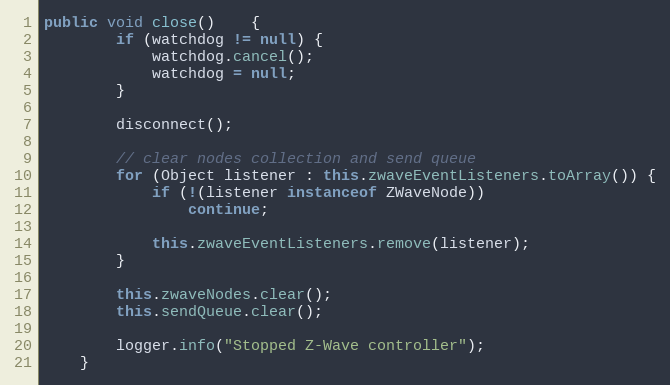
Language: Java
public void close()	{
		if (watchdog != null) {
			watchdog.cancel();
			watchdog = null;
		}

		disconnect();

		// clear nodes collection and send queue
		for (Object listener : this.zwaveEventListeners.toArray()) {
			if (!(listener instanceof ZWaveNode))
				continue;

			this.zwaveEventListeners.remove(listener);
		}

		this.zwaveNodes.clear();
		this.sendQueue.clear();

		logger.info("Stopped Z-Wave controller");
	}